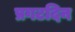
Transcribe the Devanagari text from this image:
प्रगटदिन